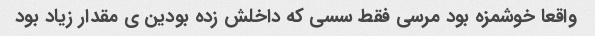
واقعا خوشمزه بود مرسی فقط سسی که داخلش زده بودین ی مقدار زیاد بود